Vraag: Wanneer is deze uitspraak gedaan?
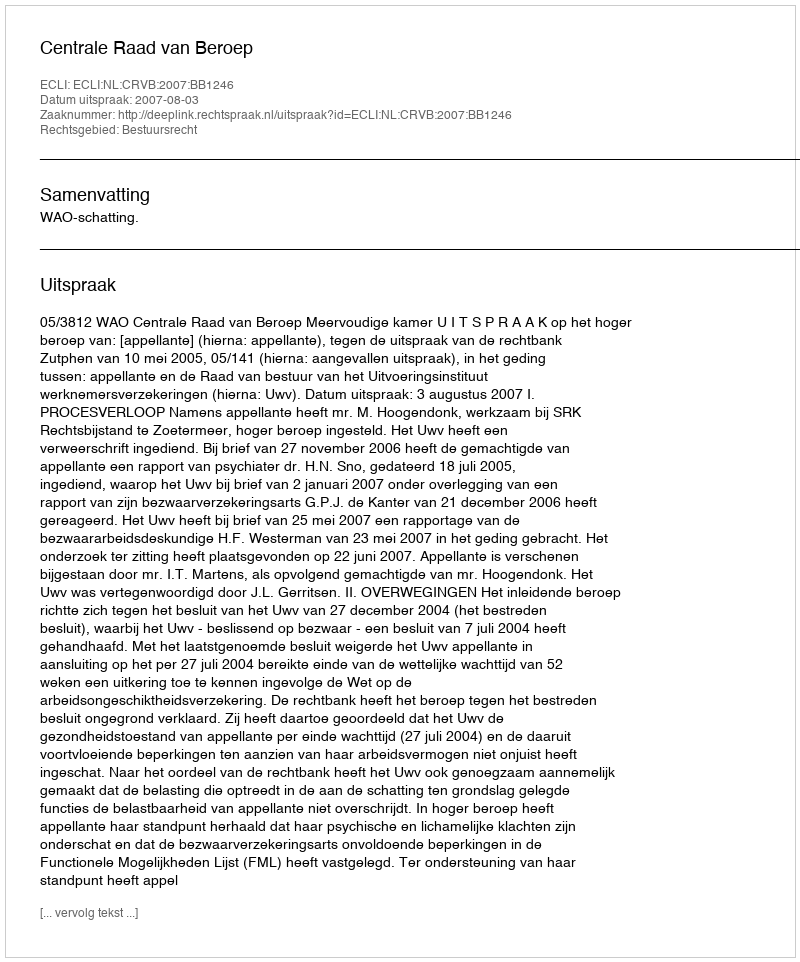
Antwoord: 2007-08-03